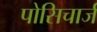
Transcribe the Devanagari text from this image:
पोसिचार्ज